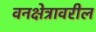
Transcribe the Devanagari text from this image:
वनक्षेत्रावरील